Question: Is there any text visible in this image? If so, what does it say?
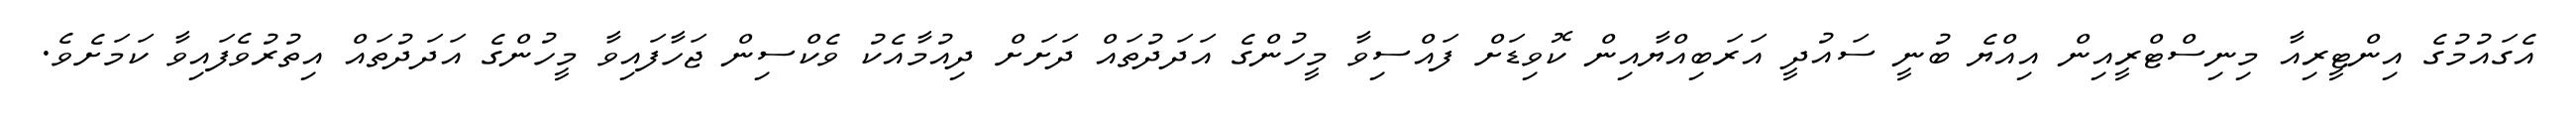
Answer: އެގައުމުގެ އިންޓީރިއާ މިނިސްޓްރީއިން އިއްޔެ ބުނީ ސައުދީ އަރަބިއްޔާއިން ކޮވިޑަށް ފައްސިވާ މީހުންގެ އަދަދުތައް ދަށަށް ދިއުމާއެކު ވެކްސިން ޖަހާފައިވާ މީހުންގެ އަދަދުތައް އިތުރުވެފައިވާ ކަމަށެވެ.